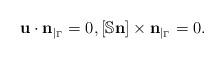
LaTeX: \begin{align*} {\bf u} \cdot {\bf n}_{|_{\Gamma}} = 0, [ \mathbb{S} {\bf n}] \times {\bf n}_{|_{\Gamma}} = 0.\end{align*}